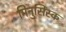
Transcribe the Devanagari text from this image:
मिनुसिंस्क